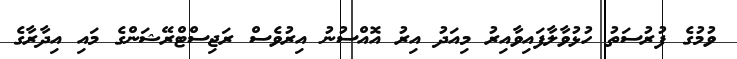
ވުމުގެ ފުރުސަތު ހުޅުވާލާފައިވާއިރު މިއަދު އިރު އޮއްސުނު އިރުވެސް ރަޖިސްޓްރޭޝަންގެ މައި އިދާރާގެ